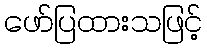
ဖော်ပြထားသဖြင့်